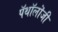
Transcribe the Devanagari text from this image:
पॅथॉलॊजी